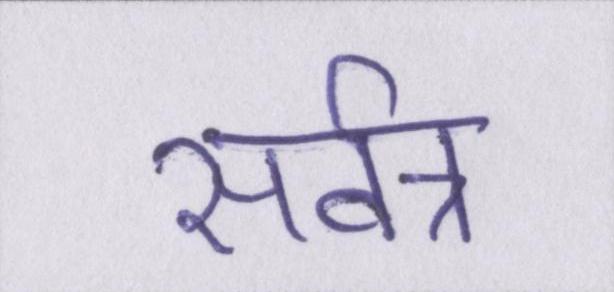
सर्वत्र